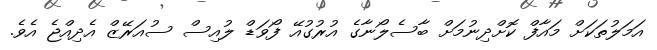
އަމަލުތަކަށް މައާފް ކޮށްދިނުމަށް ބާސެލޯނާގެ އުރުގުއޭ ފޯވަޑް ލުއިސް ސުއަރޭޒް އެދިއްޖެ އެވެ.